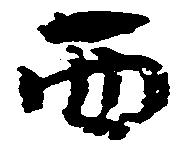
西